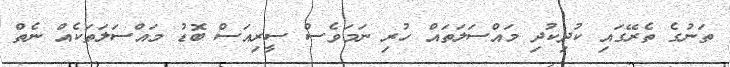
ތަނުގެ ތެރޭގައި ކުދިކުދި މައްސަލަތައް ހުރި ނަމަވެސް ސީރިއަސް ބޮޑު މައްސަލަތަކެއް ނެތް